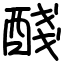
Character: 醆